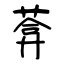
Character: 葊